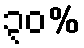
၃၀%